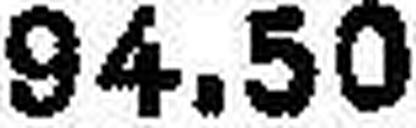
94.50